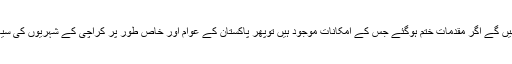
یقینا 2018ء کے الیکشن تک خود کو سیاست سے دور رکھیں گے اگر مقدمات ختم ہوگئے جس کے امکانات موجود ہیں توپھر پاکستان کے عوام اور خاص طور پر کراچی کے شہریوں کی سیاسی خدمت کرنے کا جذبہ ایک مرتبہ پھر جوان ہوسکتا ہے۔